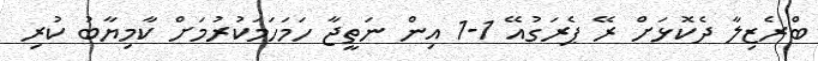
ބްރެޒިލާ ދެކޮޅަށް ރޭ ޕެރަގުއޭ 1-1 އިން ނަތީޖާ ހަމަހަމަކުރުމަށް ކާމިޔާބު ކުރި